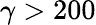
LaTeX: \gamma>200